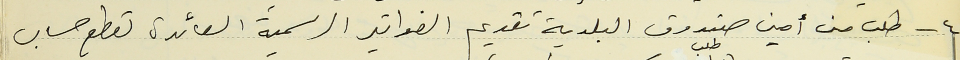
٤ - طلب من أمين صندوق البلدية تقديم الفواتير الرسمية العائدة لقطع حساب